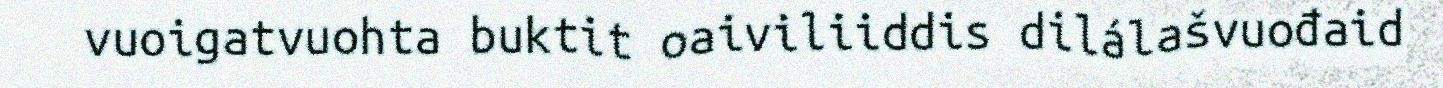
vuoigatvuohta buktit oaiviliiddis dilálašvuođaid